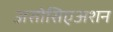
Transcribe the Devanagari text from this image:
असोसिएअशन